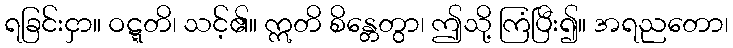
ရခြင်းငှာ။ ဝဋ္ဋတိ၊ သင့်၏။ ဣတိ စိန္တေတွာ၊ ဤသို့ ကြံပြီး၍။ အရညတော၊